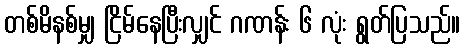
တစ်မိနစ်မျှ ငြိမ်နေပြီးလျှင် ဂဏန်း ၆ လုံး ရွတ်ပြသည်။